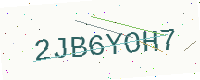
Text: 2JB6YOH7